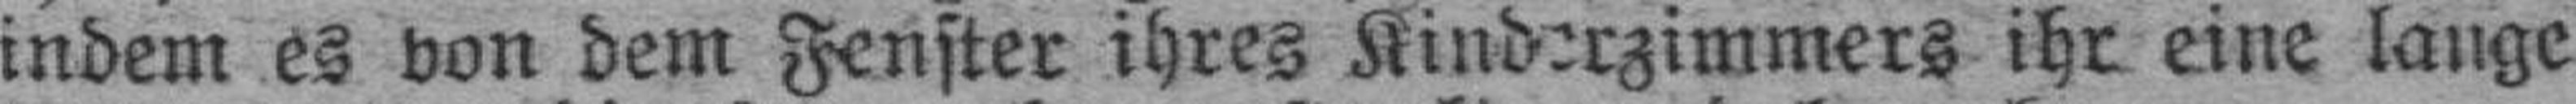
indem es von dem Fenster ihres Kinderzimmers ihr eine lange